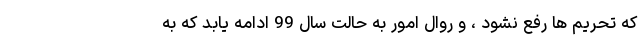
که تحریم ها رفع نشود ، و روال امور به حالت سال 99 ادامه یابد که به